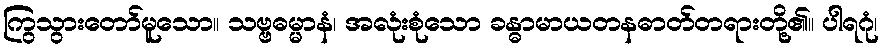
ကြွသွားတော်မူသော။ သဗ္ဗဓမ္မာနံ၊ အလုံးစုံသော ခန္ဓာမာယတနဓာတ်တရားတို့၏။ ပါရဂုံ၊